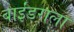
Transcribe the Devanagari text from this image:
बाईंडराला